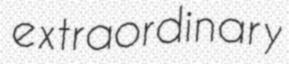
extraordinary